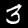
Digit: 3